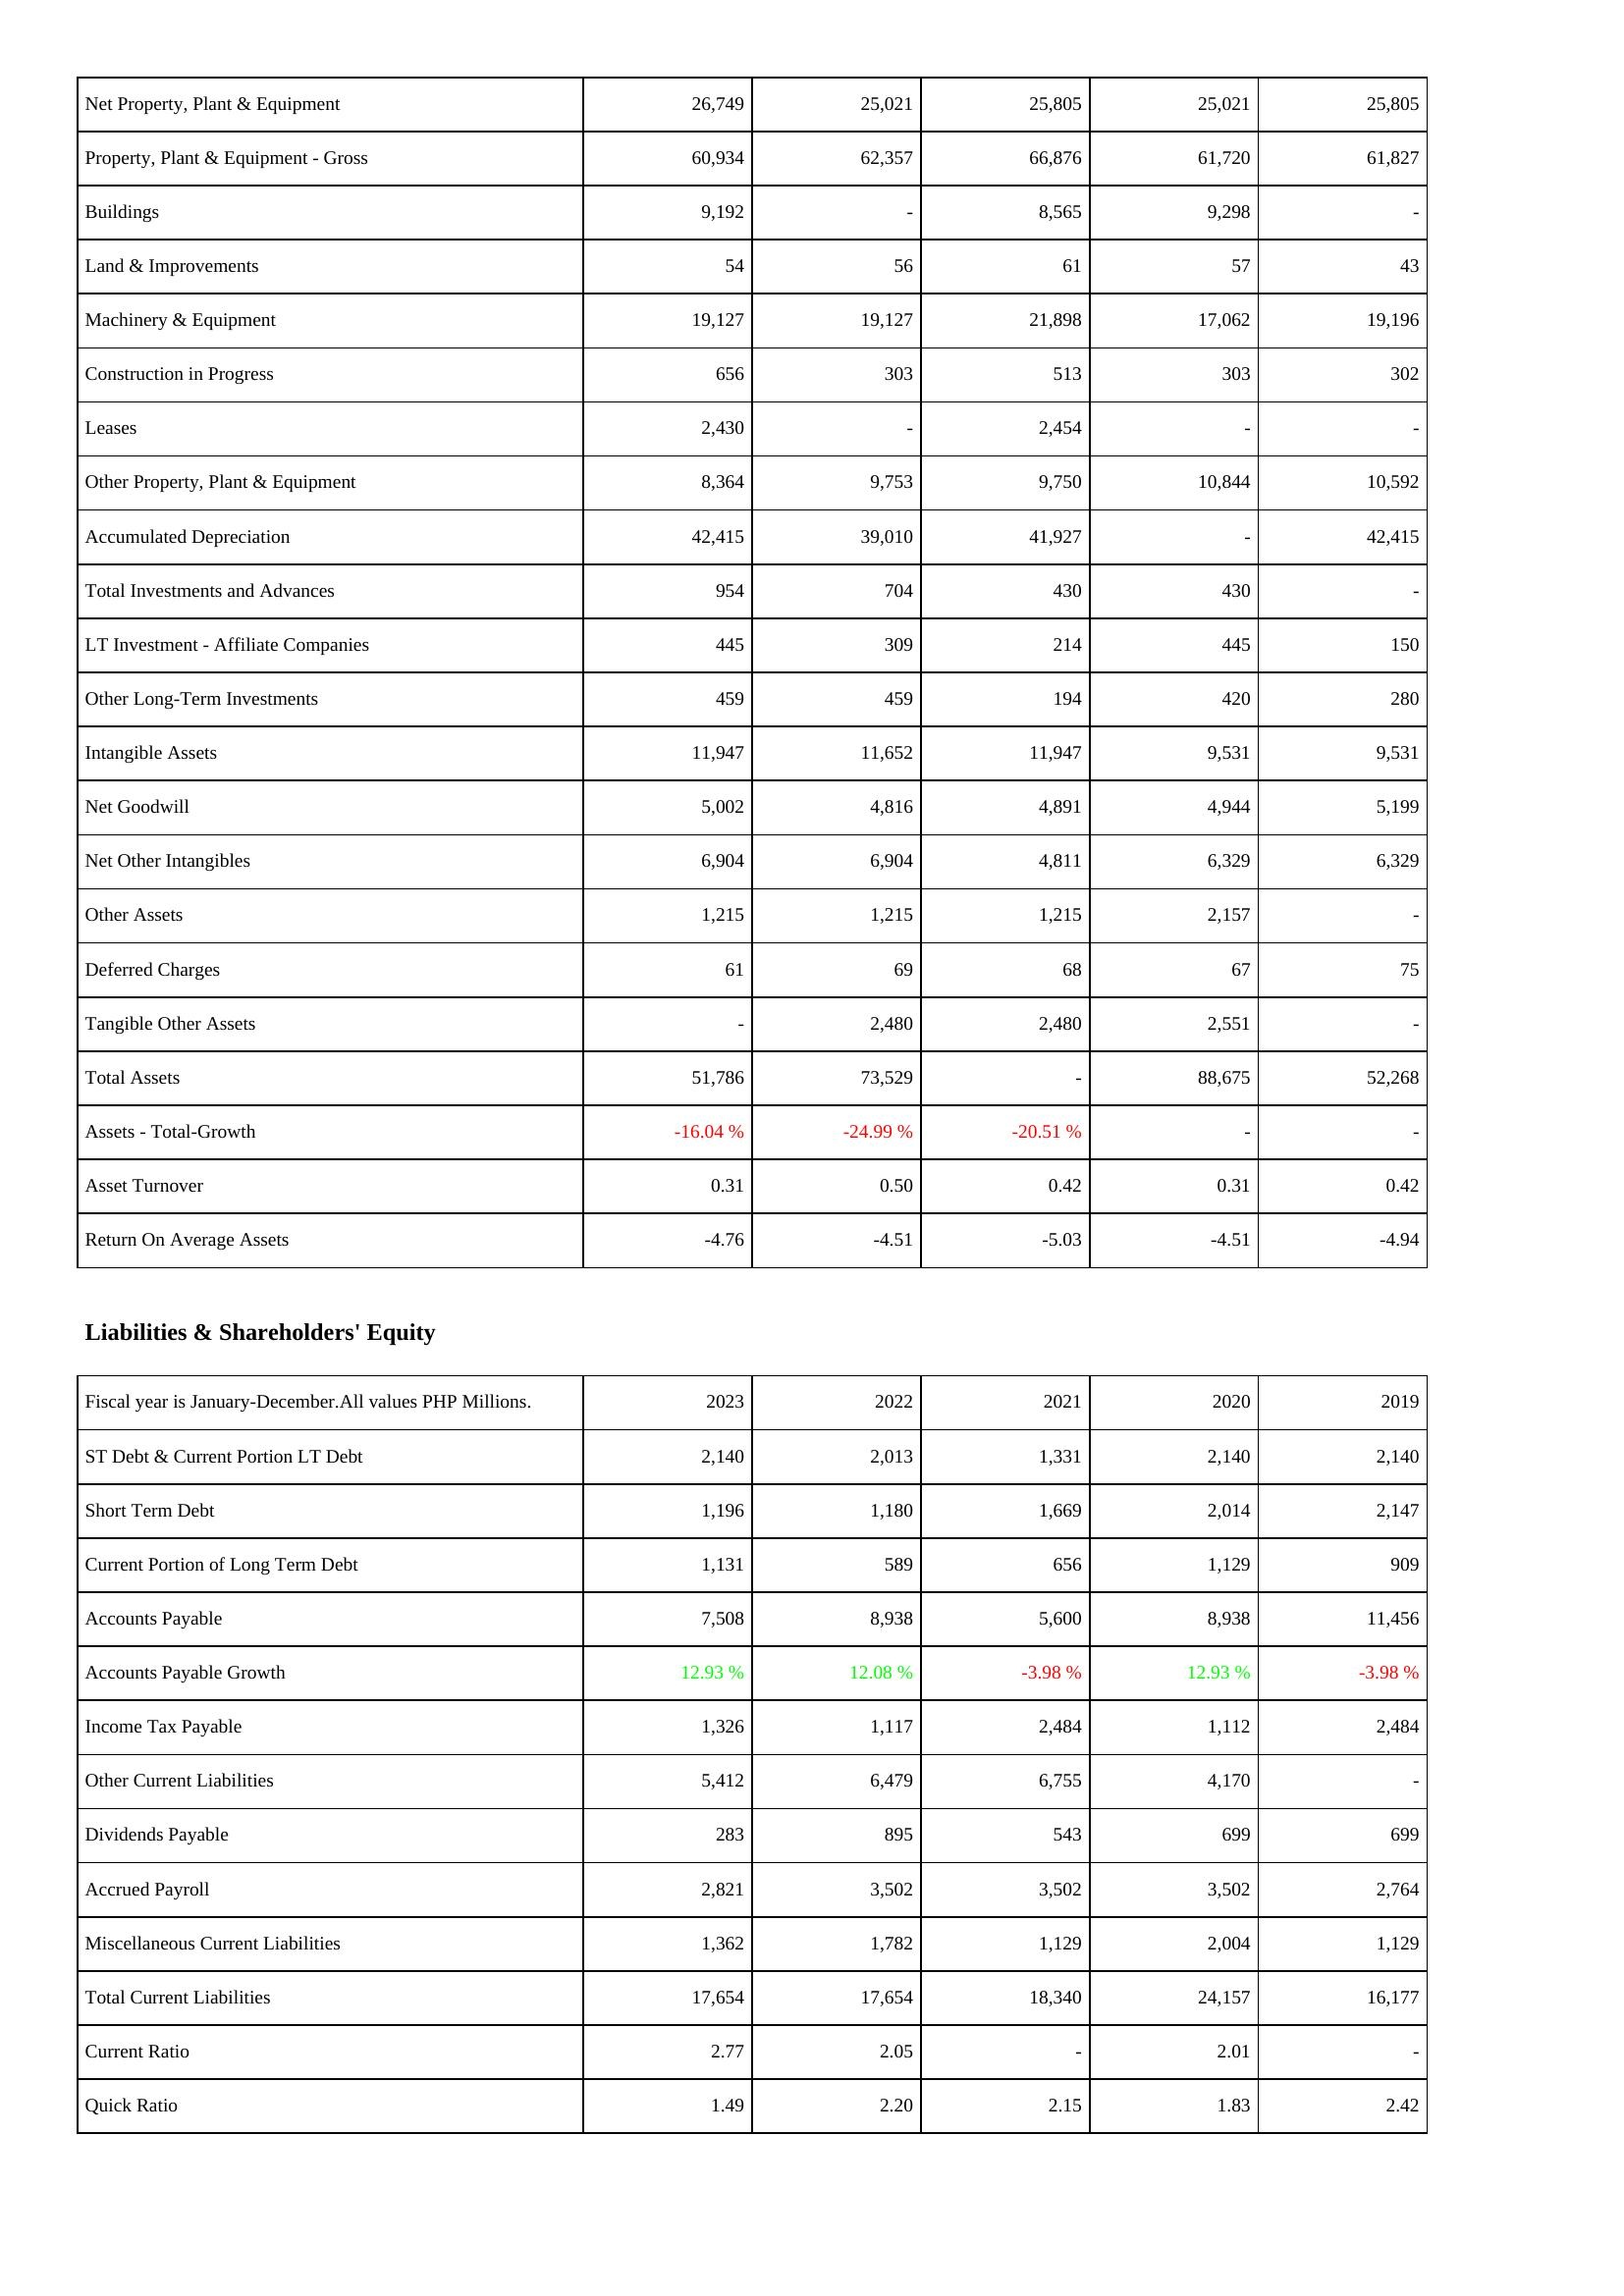
2023: Assets: Net Property, Plant & Equipment: 26,749
Property, Plant & Equipment - Gross: 60,934
Buildings: 9,192
Land & Improvements: 54
Machinery & Equipment: 19,127
Construction in Progress: 656
Leases: 2,430
Other Property, Plant & Equipment: 8,364
Accumulated Depreciation: 42,415
Total Investments and Advances: 954
LT Investment - Affiliate Companies: 445
Other Long-Term Investments: 459
Intangible Assets: 11,947
Net Goodwill: 5,002
Net Other Intangibles: 6,904
Other Assets: 1,215
Deferred Charges: 61
Tangible Other Assets: -
Total Assets: 51,786
Assets - Total-Growth: -16.04 %
Asset Turnover: 0.31
Return On Average Assets: -4.76
Liabilities & Shareholders' Equity: ST Debt & Current Portion LT Debt: 2,140
Short Term Debt: 1,196
Current Portion of Long Term Debt: 1,131
Accounts Payable: 7,508
Accounts Payable Growth: 12.93 %
Income Tax Payable: 1,326
Other Current Liabilities: 5,412
Dividends Payable: 283
Accrued Payroll: 2,821
Miscellaneous Current Liabilities: 1,362
Total Current Liabilities: 17,654
Current Ratio: 2.77
Quick Ratio: 1.49
2022: Assets: Net Property, Plant & Equipment: 25,021
Property, Plant & Equipment - Gross: 62,357
Buildings: -
Land & Improvements: 56
Machinery & Equipment: 19,127
Construction in Progress: 303
Leases: -
Other Property, Plant & Equipment: 9,753
Accumulated Depreciation: 39,010
Total Investments and Advances: 704
LT Investment - Affiliate Companies: 309
Other Long-Term Investments: 459
Intangible Assets: 11,652
Net Goodwill: 4,816
Net Other Intangibles: 6,904
Other Assets: 1,215
Deferred Charges: 69
Tangible Other Assets: 2,480
Total Assets: 73,529
Assets - Total-Growth: -24.99 %
Asset Turnover: 0.50
Return On Average Assets: -4.51
Liabilities & Shareholders' Equity: ST Debt & Current Portion LT Debt: 2,013
Short Term Debt: 1,180
Current Portion of Long Term Debt: 589
Accounts Payable: 8,938
Accounts Payable Growth: 12.08 %
Income Tax Payable: 1,117
Other Current Liabilities: 6,479
Dividends Payable: 895
Accrued Payroll: 3,502
Miscellaneous Current Liabilities: 1,782
Total Current Liabilities: 17,654
Current Ratio: 2.05
Quick Ratio: 2.20
2021: Assets: Net Property, Plant & Equipment: 25,805
Property, Plant & Equipment - Gross: 66,876
Buildings: 8,565
Land & Improvements: 61
Machinery & Equipment: 21,898
Construction in Progress: 513
Leases: 2,454
Other Property, Plant & Equipment: 9,750
Accumulated Depreciation: 41,927
Total Investments and Advances: 430
LT Investment - Affiliate Companies: 214
Other Long-Term Investments: 194
Intangible Assets: 11,947
Net Goodwill: 4,891
Net Other Intangibles: 4,811
Other Assets: 1,215
Deferred Charges: 68
Tangible Other Assets: 2,480
Total Assets: -
Assets - Total-Growth: -20.51 %
Asset Turnover: 0.42
Return On Average Assets: -5.03
Liabilities & Shareholders' Equity: ST Debt & Current Portion LT Debt: 1,331
Short Term Debt: 1,669
Current Portion of Long Term Debt: 656
Accounts Payable: 5,600
Accounts Payable Growth: -3.98 %
Income Tax Payable: 2,484
Other Current Liabilities: 6,755
Dividends Payable: 543
Accrued Payroll: 3,502
Miscellaneous Current Liabilities: 1,129
Total Current Liabilities: 18,340
Current Ratio: -
Quick Ratio: 2.15
2020: Assets: Net Property, Plant & Equipment: 25,021
Property, Plant & Equipment - Gross: 61,720
Buildings: 9,298
Land & Improvements: 57
Machinery & Equipment: 17,062
Construction in Progress: 303
Leases: -
Other Property, Plant & Equipment: 10,844
Accumulated Depreciation: -
Total Investments and Advances: 430
LT Investment - Affiliate Companies: 445
Other Long-Term Investments: 420
Intangible Assets: 9,531
Net Goodwill: 4,944
Net Other Intangibles: 6,329
Other Assets: 2,157
Deferred Charges: 67
Tangible Other Assets: 2,551
Total Assets: 88,675
Assets - Total-Growth: -
Asset Turnover: 0.31
Return On Average Assets: -4.51
Liabilities & Shareholders' Equity: ST Debt & Current Portion LT Debt: 2,140
Short Term Debt: 2,014
Current Portion of Long Term Debt: 1,129
Accounts Payable: 8,938
Accounts Payable Growth: 12.93 %
Income Tax Payable: 1,112
Other Current Liabilities: 4,170
Dividends Payable: 699
Accrued Payroll: 3,502
Miscellaneous Current Liabilities: 2,004
Total Current Liabilities: 24,157
Current Ratio: 2.01
Quick Ratio: 1.83
2019: Assets: Net Property, Plant & Equipment: 25,805
Property, Plant & Equipment - Gross: 61,827
Buildings: -
Land & Improvements: 43
Machinery & Equipment: 19,196
Construction in Progress: 302
Leases: -
Other Property, Plant & Equipment: 10,592
Accumulated Depreciation: 42,415
Total Investments and Advances: -
LT Investment - Affiliate Companies: 150
Other Long-Term Investments: 280
Intangible Assets: 9,531
Net Goodwill: 5,199
Net Other Intangibles: 6,329
Other Assets: -
Deferred Charges: 75
Tangible Other Assets: -
Total Assets: 52,268
Assets - Total-Growth: -
Asset Turnover: 0.42
Return On Average Assets: -4.94
Liabilities & Shareholders' Equity: ST Debt & Current Portion LT Debt: 2,140
Short Term Debt: 2,147
Current Portion of Long Term Debt: 909
Accounts Payable: 11,456
Accounts Payable Growth: -3.98 %
Income Tax Payable: 2,484
Other Current Liabilities: -
Dividends Payable: 699
Accrued Payroll: 2,764
Miscellaneous Current Liabilities: 1,129
Total Current Liabilities: 16,177
Current Ratio: -
Quick Ratio: 2.42